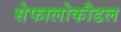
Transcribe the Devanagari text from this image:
सेफालोकौडल